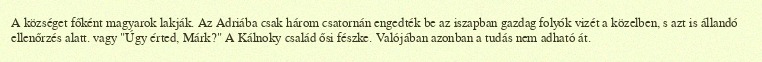
A községet főként magyarok lakják. Az Adriába csak három csatornán engedték be az iszapban gazdag folyók vizét a közelben, s azt is állandó ellenőrzés alatt. vagy "Úgy érted, Márk?" A Kálnoky család ősi fészke. Valójában azonban a tudás nem adható át.